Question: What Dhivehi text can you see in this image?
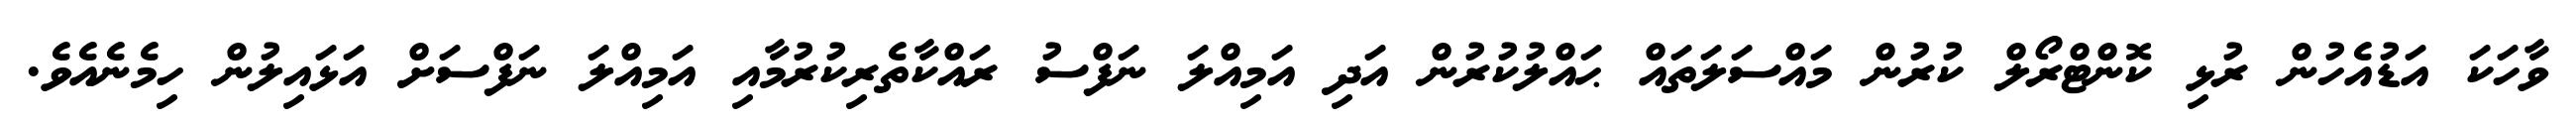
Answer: ވާހަކަ އަޑުއެހުން ރުޅި ކޮންޓްރޯލް ކުރުން މައްސަލަތައް ޙައްލުކުރުން އަދި އަމިއްލަ ނަފްސު ރައްކާތެރިކުރުމާއި އަމިއްލަ ނަފްސަށް އަޅައިލުން ހިމެނެއެވެ.